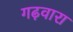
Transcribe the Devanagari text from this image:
गढ़वारा